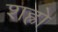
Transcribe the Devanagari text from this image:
शह्रो